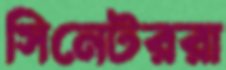
সিনেটররা